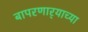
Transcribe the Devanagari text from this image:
बापरणार्‍याच्या